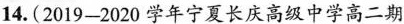
14.(2019-2020学年宁夏长庆高级中学高二期